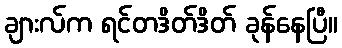
ချားလ်က ရင်တဒိတ်ဒိတ် ခုန်နေပြီ။